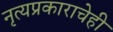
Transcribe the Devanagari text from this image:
नृत्यप्रकाराचेही